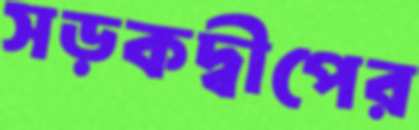
সড়কদ্বীপের